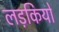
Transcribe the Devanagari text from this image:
लड़कियों